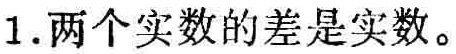
两个实数的差是实数。